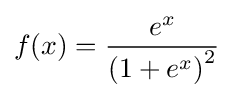
f(x)={\frac {e^{x}}{\left(1+e^{x}\right)^{2}}}